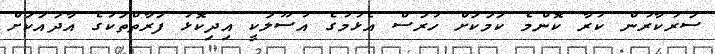
ސަރުކާރުން ކުރާ ކޮންމެ ކަމަކަށް ހުރަސް އެޅުމުގެ އުސޫލަކީ އިދިކޮޅު ފަރާތްތަކުގެ އާދައަކަށް